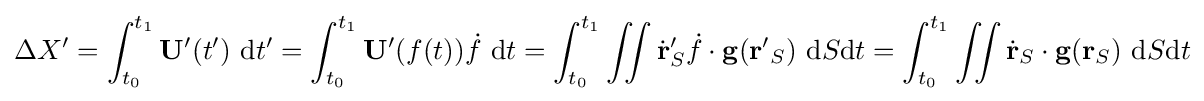
\Delta X'=\int _{t_{0}}^{t_{1}}\mathbf {U} '(t')~\mathrm {d} t'=\int _{t_{0}}^{t_{1}}\mathbf {U} '(f(t)){\dot {f}}~\mathrm {d} t=\int _{t_{0}}^{t_{1}}\iint {\dot {\mathbf {r} }}_{S}'{\dot {f}}\cdot \mathbf {g} (\mathbf {r'} _{S})~\mathrm {d} S\mathrm {d} t=\int _{t_{0}}^{t_{1}}\iint {\dot {\mathbf {r} }}_{S}\cdot \mathbf {g} (\mathbf {r} _{S})~\mathrm {d} S\mathrm {d} t